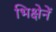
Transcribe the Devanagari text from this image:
भिक्षेनें